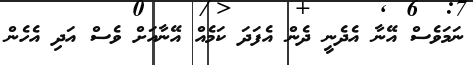
ނަމަވެސް އޭނާ އެދެނީ ދެން އެފަދަ ކަމެއް އޭނާއަށް ވެސް އަދި އެހެން